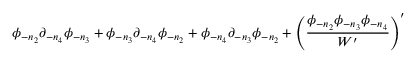
\phi _ { - n _ { 2 } } \partial _ { - n _ { 4 } } \phi _ { - n _ { 3 } } + \phi _ { - n _ { 3 } } \partial _ { - n _ { 4 } } \phi _ { - n _ { 2 } } + \phi _ { - n _ { 4 } } \partial _ { - n _ { 3 } } \phi _ { - n _ { 2 } } + \left( { \frac { \phi _ { - n _ { 2 } } \phi _ { - n _ { 3 } } \phi _ { - n _ { 4 } } } { W ^ { \prime } } } \right) ^ { \prime }